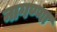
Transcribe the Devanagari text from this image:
नागण्णा